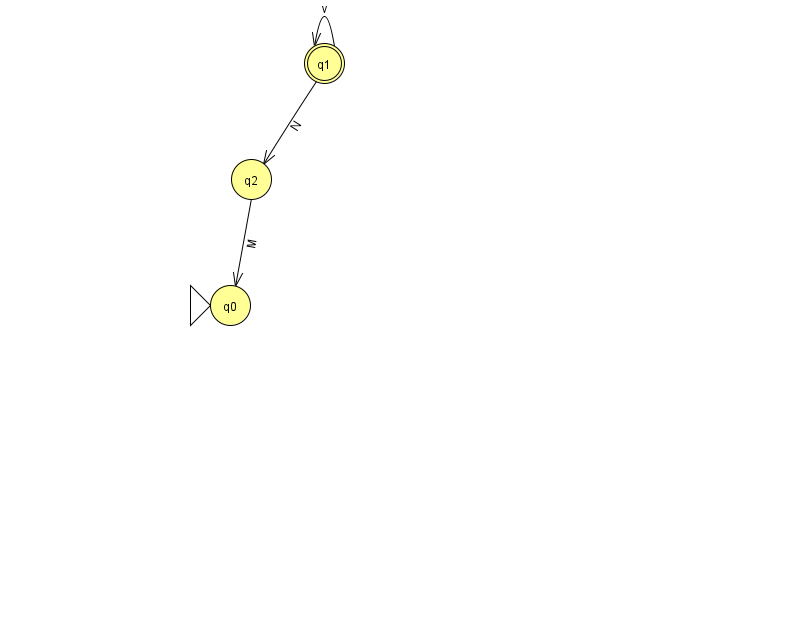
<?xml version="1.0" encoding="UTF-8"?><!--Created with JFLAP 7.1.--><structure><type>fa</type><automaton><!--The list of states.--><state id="0" name="q0"><x>230.0</x><y>292.0</y><initial/></state><state id="1" name="q1"><x>324.0</x><y>50.0</y><final/></state><state id="2" name="q2"><x>251.0</x><y>166.0</y></state><!--The list of transitions.--><transition><from>1</from><to>1</to><read>v</read></transition><transition><from>2</from><to>0</to><read>M</read></transition><transition><from>1</from><to>2</to><read>N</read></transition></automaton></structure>